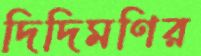
দিদিমণির